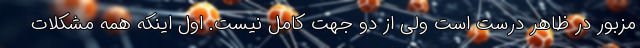
مزبور در ظاهر درست است ولی از دو جهت کامل نیست. اول اینکه همه مشکلات